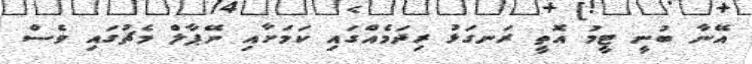
އޭނާ ބުނީ ޓީމު އޮތީ ރަނގަޅު ރިދަމެއްގައި ކަމަށާއި ނޭޕާލް މެޗުގައި ވެސް